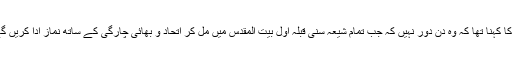
ان کا کہنا تھا کہ وہ دن دور نہیں کہ جب تمام شیعہ سنی قبلۂ اول بیت المقدس میں مل کر اتحاد و بھائی چارگی کے ساتھ نماز ادا کریں گے۔